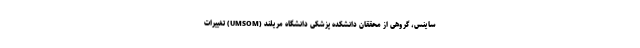
ساینس، گروهی از محققان دانشکده پزشکی دانشگاه مریلند (UMSOM) تغییرات